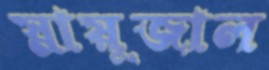
স্নায়ুজাল